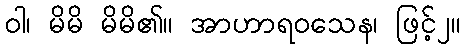
ဝါ၊ မိမိ မိမိ၏။ အာဟာရဝသေန၊ ဖြင့်၂။